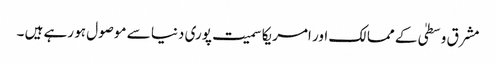
مشرق وسطیٰ کے ممالک اور امریکا سمیت پوری دنیا سے موصول ہو رہے ہیں ۔